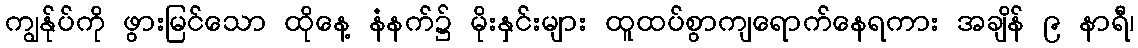
ကျွန်ုပ်ကို ဖွားမြင်သော ထိုနေ့ နံနက်၌ မိုးနှင်းများ ထူထပ်စွာကျရောက်နေရကား အချိန် ၉ နာရီ၊